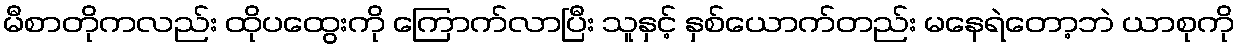
မီစာတိုကလည်း ထိုပထွေးကို ကြောက်လာပြီး သူနှင့် နှစ်ယောက်တည်း မနေရဲတော့ဘဲ ယာစုကို